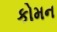
કોમન